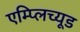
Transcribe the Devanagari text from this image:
एम्प्लिच्यूड